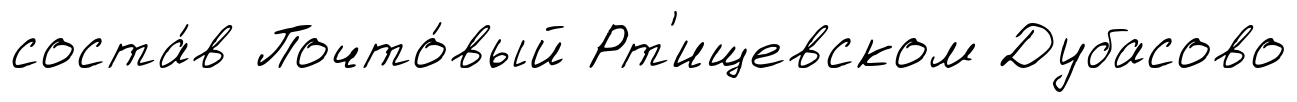
соста́в Почто́вый Рт'ищевском Дубасово